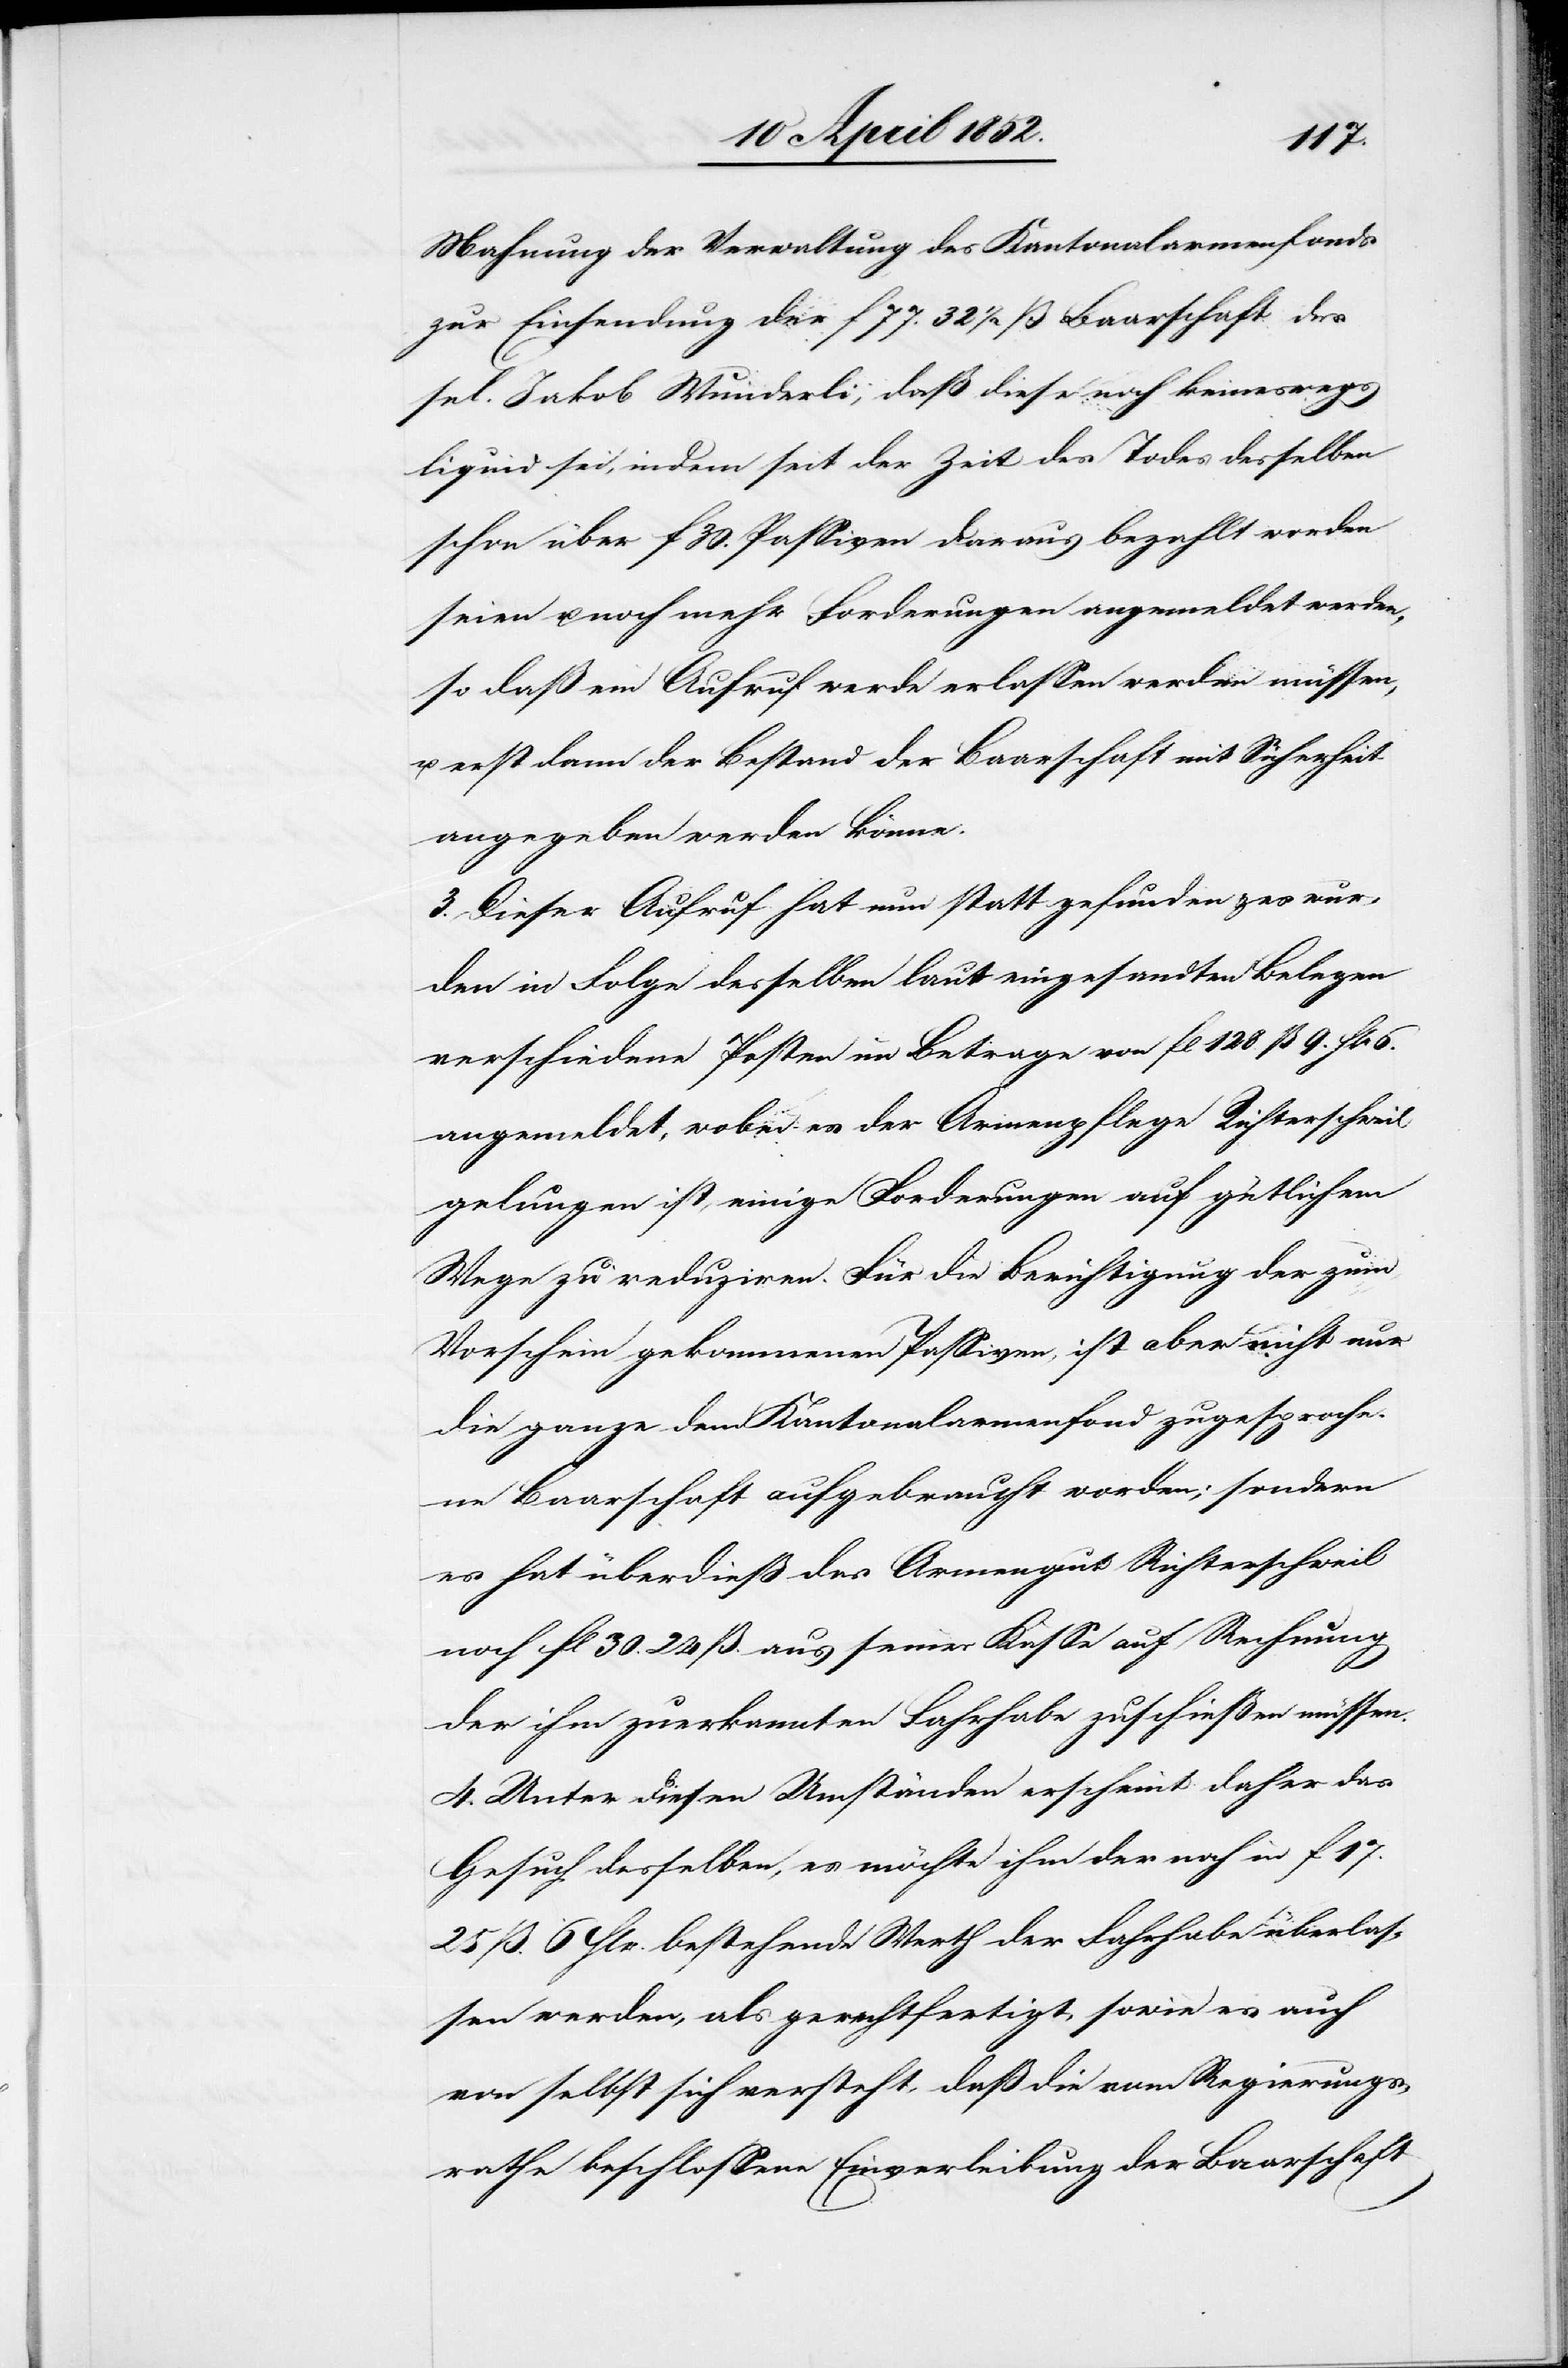
Mahnung der Verwaltung des Kantonalarmenfonds
zur Einsendung der f 77. 32 1/2 ß Baarschaft des
sel. Jakob Wunderli, daß diese noch keineswegs
liquid sei, indem seit der Zeit des Todes desselben
schon über f 30. Passiven daraus bezahlt worden
seien u. noch mehr Forderungen angemeldet werden,
so daß ein Aufruf werde erlassen werden müssen,
u. erst dann der Bestand der Baarschaft mit Sicherheit
angegeben werden könne.
3. Dieser Aufruf hat nun statt gefunden & es wur¬
den in Folge desselben laut eingesandten Belegen
verschiedene Posten im Betrage von fl 128. ß 9. Hlr 6.
angemeldet, wobei es der Armenpflege Richterschweil
gelungen ist, einige Forderungen auf gütlichem
Wege zu reduziren. Für die Berichtigung der zum
Vorschein gekommenen Passiven, ist aber nicht nur
die ganze dem Kantonalarmenfond zugesproche¬
ne Baarschaft aufgebraucht worden; sondern
es hat überdieß das Armengut Richterschweil
noch fl 30. 24 ß. aus seiner Kasse auf Rechnung
der ihm zuerkannten Fahrhabe zuschießen müssen.
4. Unter diesen Umständen erscheint daher das
Gesuch desselben, es möchte ihm der noch in f 17.
25 ß. 6 Hlr. bestehende Werth der Fahrhabe überlas¬
sen werden, als gerechtfertigt, sowie es auch
von selbst sich versteht, daß die vom Regierungs¬
rathe beschlossene Einverleibung der Baarschaft